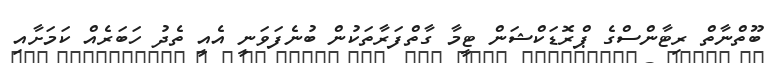
ބޫތްނާތް ރިޓާންސްގެ ޕްރޮޑަކްޝަން ޓީމާ ގާތްފަރާތަކުން ބުނެފަވަނީ އެއީ ތެދު ހަބަރެއް ކަމަށާއި